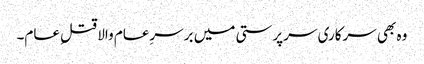
وہ بھی سرکاری سرپرستی میں برسرِعام والا قتلِ عام۔